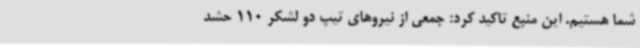
شما هستیم. این منبع تاکید کرد: جمعی از نیروهای تیپ دو لشکر 110 حشد